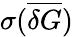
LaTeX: \sigma(\overline{{\delta G}})